Annual report on the working of the lock hospitals in the Central Provinces
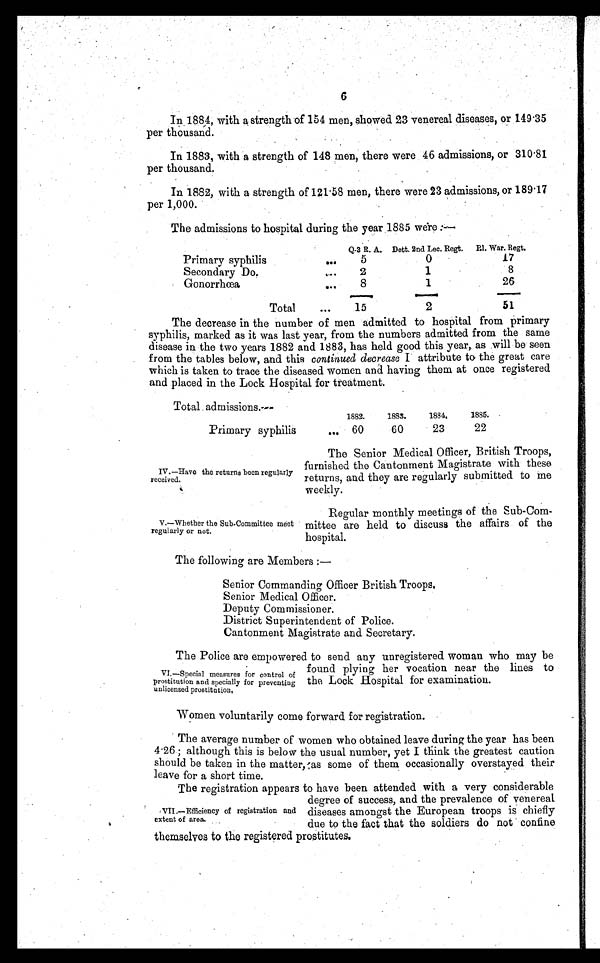
6
In 1884, with a strength of 154 men, showed 23 venereal diseases, or 149.35
per thousand.
In 1883, with a strength of 148 men, there were 46 admissions, or 310.81
per thousand.
In 1882, with a strength of 121·58 men, there were 23 admissions, or 189.17
per 1,000.
The admissions to hospital during the year 1885 were :—
Q-3 R. A. Dett. 2nd Lee. Reft.
P.1. War. Reft.
Primary syphilis
...
5
0
17
Secondary Do.
...
2
1
8
Gonorrhœa...
8
1
26
Total
...
15
2
51
The decrease in the number of men admitted to hospital trom primary
syphilis, marked as it was last year, from the numbers admitted from the same
disease in the two years 1882 and 1883, has held good this year, as will be seen
from the tables below, and this continued decrease I attribute to the great care
which is taken to trace the diseased women and having them at once registered
and placed in the Lock Hospital for treatment.
Total admissions.—
1882.
1883.
1884.
1885.
Primary syphilis
. . . 60
60
23
22
IV.—Have the returns been regularly
received.
V.—Whether the Sub-Committee meet
regularly or not.
The Senior Medical Officer, British Troops,
furnished the Cantonment Magistrate with these
returns, and they are regularly submitted to me
weekly.
Regular monthly meetings of the Sub-Com-
mittee are held to discuss the affairs of the
hospital.
The following are Members :—
Senior Commanding Officer British Troops,
Senior Medical Officer.
Deputy Commissioner.
District Superintendent of Police.
Cantonment Magistrate and Secretary.
The Police are empowered to send any unregistered woman who may be
found plying her vocation near the lines to
the Lock Hospital for examination.
Women voluntarily come forward for registration.
The average number of women who obtained leave during the year has been
4 . 26 ; although this is below the usual number, yet I think the greatest caution
should be taken in the matter, as some of them occasionally overstayed their
leave for a short time.
The registration appears to have been attended with a very considerable
degree of success, and the prevalence of venereal
diseases amongst the European troops is chiefly
due to the fact that the soldiers do not confine
themselves to the registered prostitutes.
VI.—Special measures for control of
prostitution and specially for preventing
unlicensed prostitution.
VII.—Efficiency of registration and
extent of area.